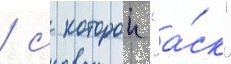
/ с которои "а́ск"